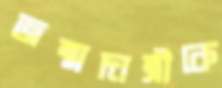
জন্মদাত্রীকে